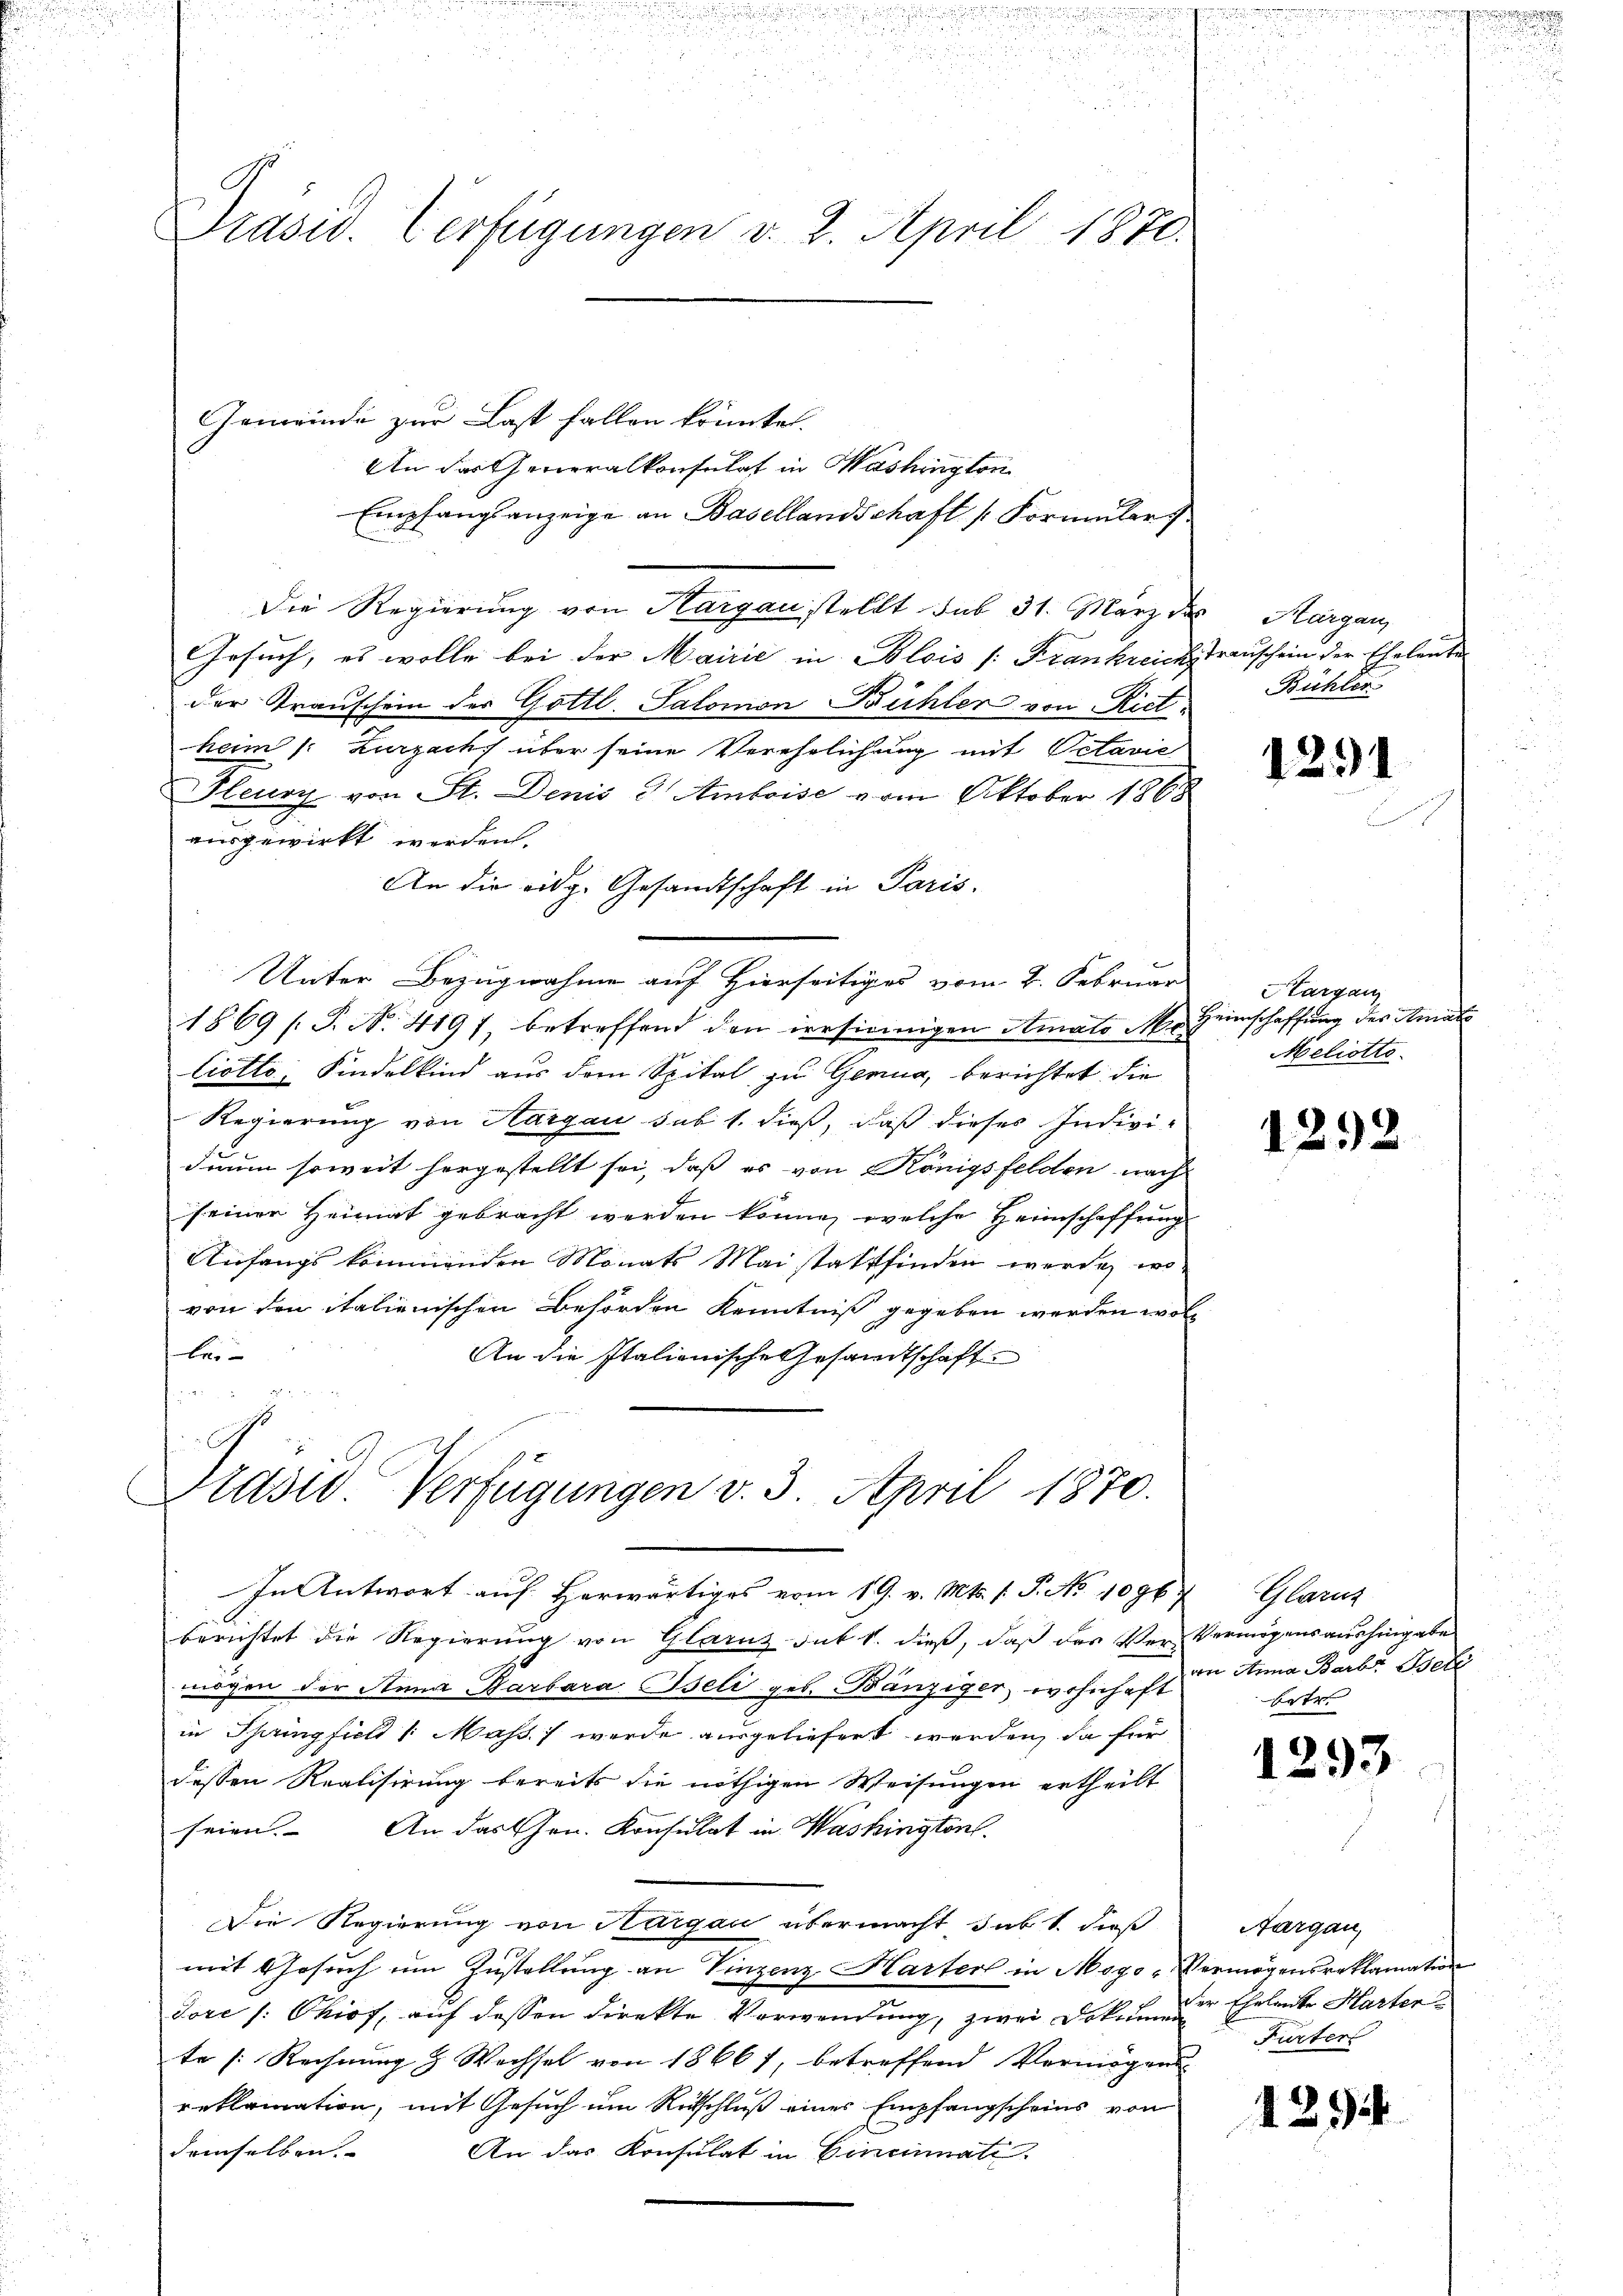
Präsid. Verfügungen v. 2. April 1870.

Gemeinde zur Last fallen könnte.
An das Generalkonsulat in Washington
Empfangsanzeige an Basellandschaft Formulars
Die Regierung von Aargau stellt sub 31. März der Hergan
Gesuch, es wolle bei der Mairić in Blois /: Frankreichstrauschein der Eheleute
der Transchein des Gottl. Salomon Bühler von Riet-
heim (: Zurzachs über seine Verehrlichung mit Octavie
Heury von St. Denis 3 Amboise vom Oktober 1868
ausgewirkt werden.
An die eidg. Gesandtschaft in Paris.
Unter Bezugnahme auf Hierseitiges vom 2. Februar
1869 /: P. N. 4197, betreffend den versiennigen Amato Me
Ciotto, Kindelkind aus dem Spital zu Genua, berichtet die
Regierung von Aargau sub 1. dieß, daß dieses Individuum soweit horgestellt sei, daß es von Königsfelden nach
seiner Heimat gebracht werden könne, welche Heimschaffung
Anfangs kommenden Monats Mai stattfinden werde, wo
von den italienischen Behörden Kenntniß gegeben werden wolber-
An die Italienische Gesandtschaft

Prasse Verfügungen v. 3. April 1870.

In Antwort auf herwärtiges vom 19. v. Mts. f. P. No 1096
berichtet die Regierung von Glarus sub 1. dieß, daß das Ver-Vermögensaushingabe
nögen der Anna Barbara Beli geb. Bänziger, wohnhaft in Anna Barb. Bell
in Springfielt /: Mass werde ausgeliefert werden, da für
dessen Realisirung bereits die nöthigen Weisungen ertheilt
seien. An das Hrn. Konsulat in Washingtonl.
Die Regierung von Aargau übermacht sub 1. dieß
mit Gesuch um Zustellung an Vinzenz Harter in Mogo-Vermögensreklamation
Tore /: Ohiof, auf dessen direkte Verwendung, zwei Dokan der Eheleute Marter
te [: Rechnung & Wachsel von 1866 f, betreffend Vermögens
reklamation, mit Gesuch um Retschluß eines Empfangscheins von
demselben.
An das Konsulat in Cincinati

Bühles

1291

Aargau
Heimschaffung des Amate
Meliotto

1292

Glarus
betr.

1293

Aargau,
Furter

1294

n